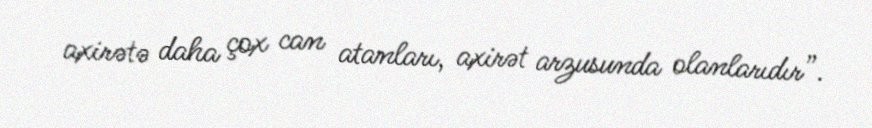
axirətə daha çox can atanları, axirət arzusunda olanlarıdır”.